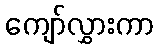
ကျော်လွှားကာ